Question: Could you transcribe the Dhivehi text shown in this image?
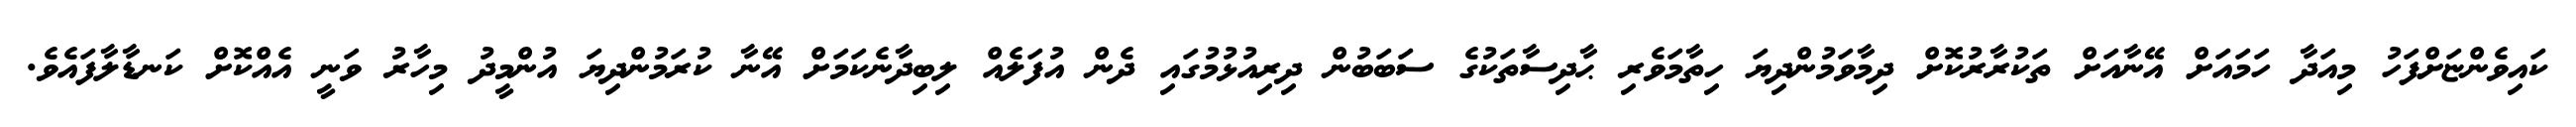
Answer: ކައިވެންޏަށްފަހު މިއަދާ ހަމައަށް އޭނާއަށް ތަކުރާރުކޮށް ދިމާވަމުންދިޔަ ހިތާމަވެރި ޙާދިސާތަކުގެ ސަބަބުން ދިރިއުޅުމުގައި ދެން އުފަލެއް ލިބިދާނެކަމަށް އޭނާ ކުރަމުންދިޔަ އުންމީދު މިހާރު ވަނީ އެއްކޮށް ކަނޑާލާފައެވެ.